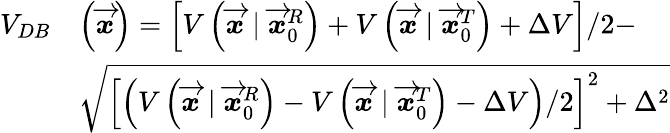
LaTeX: \begin{array}{rl}{V_{DB}}&{\left(\overrightarrow{\mathbfit{x}}\right)=\left[V\left(\overrightarrow{\mathbfit{x}}\mid\overrightarrow{\mathbfit{x}}_{0}^{R}\right)+V\left(\overrightarrow{\mathbfit{x}}\mid\overrightarrow{\mathbfit{x}}_{0}^{T}\right)+\Delta V\right]/2-}\\ &{\sqrt{\left[\left(V\left(\overrightarrow{\mathbfit{x}}\mid\overrightarrow{\mathbfit{x}}_{0}^{R}\right)-V\left(\overrightarrow{\mathbfit{x}}\mid\overrightarrow{\mathbfit{x}}_{0}^{T}\right)-\Delta V\right)/2\right]^{2}+\Delta^{2}}}\end{array}